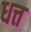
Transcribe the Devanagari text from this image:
धत्त